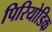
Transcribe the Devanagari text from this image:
पिरियोडिक